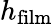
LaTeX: h_{\textrm{film}}